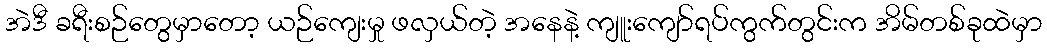
အဲဒီ ခရီးစဉ်တွေမှာတော့ ယဉ်ကျေးမှု ဖလှယ်တဲ့ အနေနဲ့ ကျူးကျော်ရပ်ကွက်တွင်းက အိမ်တစ်ခုထဲမှာ